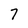
Character: 7